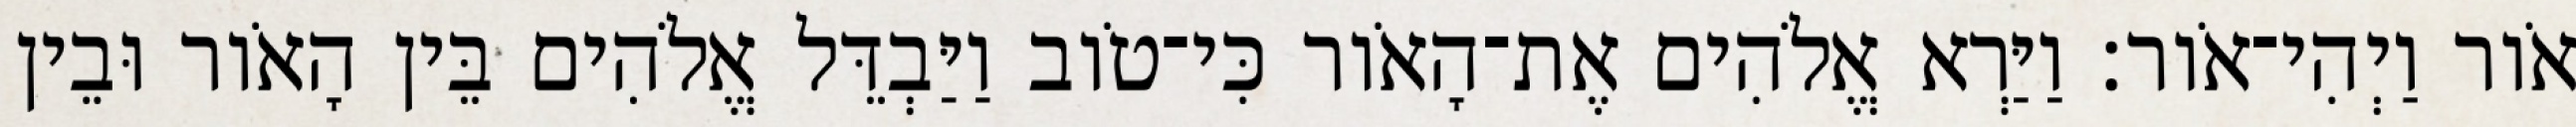
אֹור וַיְהִי־אֹור׃ וַיַּרְא אֱלֹהִים אֶת־הָאֹור כִּי־טֹוב וַיַּבְדֵּל אֱלֹהִים בֵּין הָאֹור וּבֵין